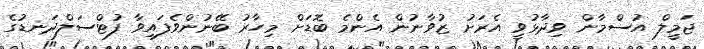
ޖަމީލް އުސްމާން ވިދާޅުވީ އެރަށު ޒުވާނުން އެންމެ ބޮޑަށް މިހާރު ބޭނުންވެފައިވާ ފުޓްސަލްދަނޑުގެ